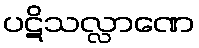
ပဋိသလ္လာဏေ